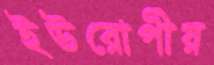
ইউরোপীয়